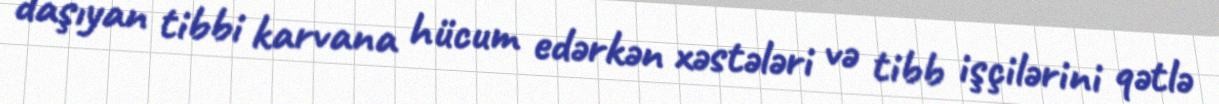
daşıyan tibbi karvana hücum edərkən xəstələri və tibb işçilərini qətlə